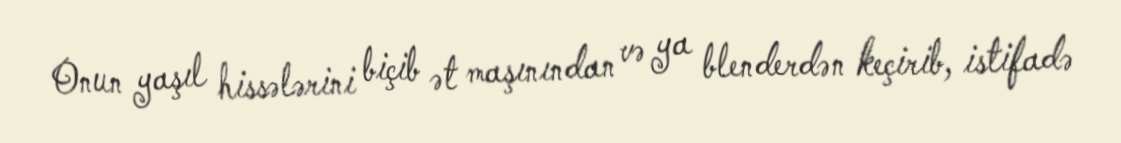
Onun yaşıl hissələrini biçib ət maşınından və ya blenderdən keçirib, istifadə